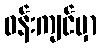
ဝန်းကျင်မှာ